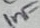
Text: 1nF